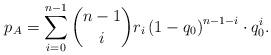
LaTeX: \begin{align*}p_A=\sum_{i=0}^{n-1}\binom{n-1}{i} r_i \left(1-q_0\right)^{n-1-i}\cdot q_0^{i}.\end{align*}